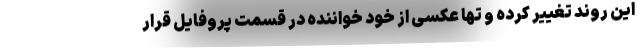
این روند تغییر کرده و تها عکسی از خود خواننده در قسمت پروفایل قرار